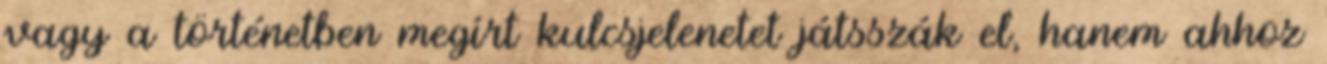
vagy a történetben megírt kulcsjelenetet játsszák el, hanem ahhoz